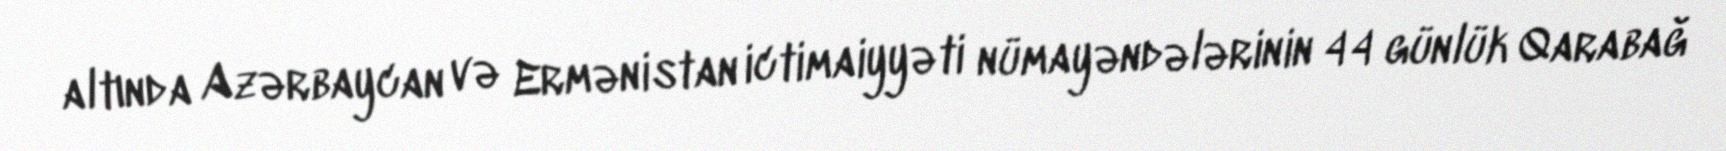
altında Azərbaycan və Ermənistan ictimaiyyəti nümayəndələrinin 44 günlük Qarabağ